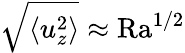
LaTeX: \sqrt{\left\langle u_{z}^{2}\right\rangle}\approx\mathrm{Ra}^{1/2}